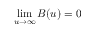
\operatorname* { l i m } _ { u \to \infty } B ( u ) = 0